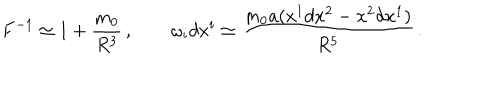
F ^ { - 1 } \simeq 1 + { \frac { m _ { 0 } } { R ^ { 3 } } } \, , \qquad \omega _ { i } d x ^ { i } \simeq { \frac { m _ { 0 } a ( x ^ { 1 } d x ^ { 2 } - x ^ { 2 } d x ^ { 1 } ) } { R ^ { 5 } } } \, .